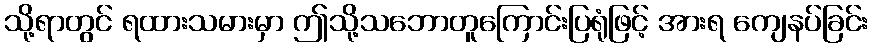
သို့ရာတွင် ရထားသမားမှာ ဤသို့သဘောတူကြောင်းပြရုံဖြင့် အားရ ကျေနပ်ခြင်း